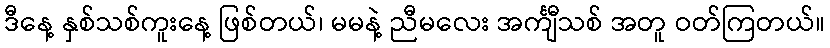
ဒီနေ့ နှစ်သစ်ကူးနေ့ ဖြစ်တယ်၊ မမနဲ့ ညီမလေး အင်္ကျီသစ် အတူ ဝတ်ကြတယ်။